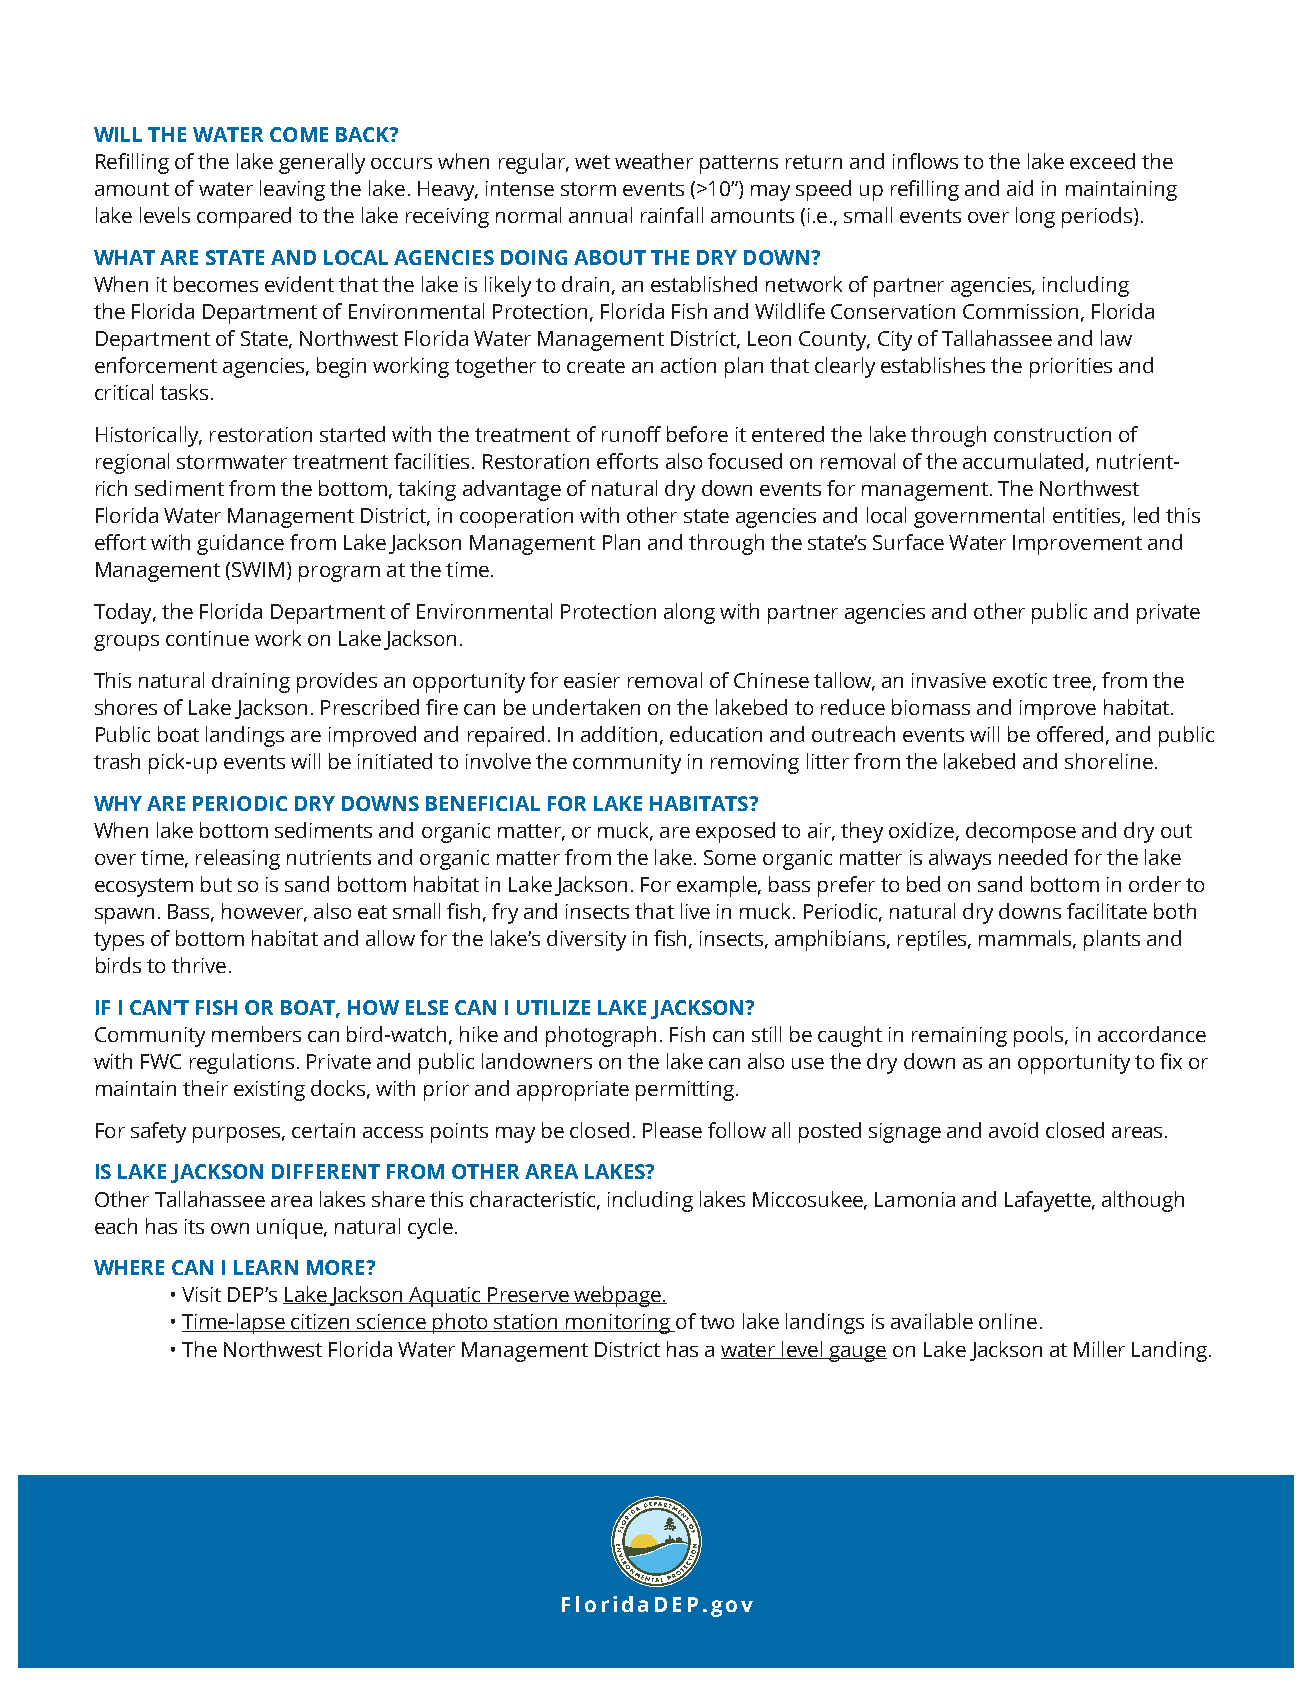
WILL THE WATER COME BACK?
 Refilling of the lake generally occurs when regular, wet weather patterns return and inflows to the lake exceed the
 amount of water leaving the lake. Heavy, intense storm events (>10”) may speed up refilling and aid in maintaining
 lake levels compared to the lake receiving normal annual rainfall amounts (i.e., small events over long periods).
 WHAT ARE STATE AND LOCAL AGENCIES DOING ABOUT THE DRY DOWN?
 When it becomes evident that the lake is likely to drain, an established network of partner agencies, including
 the Florida Department of Environmental Protection, Florida Fish and Wildlife Conservation Commission, Florida
 Department of State, Northwest Florida Water Management District, Leon County, City of Tallahassee and law
 enforcement agencies, begin working together to create an action plan that clearly establishes the priorities and
 critical tasks.
 Historically, restoration started with the treatment of runoff before it entered the lake through construction of
 regional stormwater treatment facilities. Restoration efforts also focused on removal of the accumulated, nutrient-
 rich sediment from the bottom, taking advantage of natural dry down events for management. The Northwest
 Florida Water Management District, in cooperation with other state agencies and local governmental entities, led this
 effort with guidance from Lake Jackson Management Plan and through the state’s Surface Water Improvement and
 Management (SWIM) program at the time.
 Today, the Florida Department of Environmental Protection along with partner agencies and other public and private
 groups continue work on Lake Jackson.
 This natural draining provides an opportunity for easier removal of Chinese tallow, an invasive exotic tree, from the
 shores of Lake Jackson. Prescribed fire can be undertaken on the lakebed to reduce biomass and improve habitat.
 Public boat landings are improved and repaired. In addition, education and outreach events will be offered, and public
 trash pick-up events will be initiated to involve the community in removing litter from the lakebed and shoreline.
 WHY ARE PERIODIC DRY DOWNS BENEFICIAL FOR LAKE HABITATS?
 When lake bottom sediments and organic matter, or muck, are exposed to air, they oxidize, decompose and dry out
 over time, releasing nutrients and organic matter from the lake. Some organic matter is always needed for the lake
 ecosystem but so is sand bottom habitat in Lake Jackson. For example, bass prefer to bed on sand bottom in order to
 spawn. Bass, however, also eat small fish, fry and insects that live in muck. Periodic, natural dry downs facilitate both
 types of bottom habitat and allow for the lake’s diversity in fish, insects, amphibians, reptiles, mammals, plants and
 birds to thrive.
 IF I CAN’T FISH OR BOAT, HOW ELSE CAN I UTILIZE LAKE JACKSON?
 Community members can bird-watch, hike and photograph. Fish can still be caught in remaining pools, in accordance
 with FWC regulations. Private and public landowners on the lake can also use the dry down as an opportunity to fix or
 maintain their existing docks, with prior and appropriate permitting.
 For safety purposes, certain access points may be closed. Please follow all posted signage and avoid closed areas.
 IS LAKE JACKSON DIFFERENT FROM OTHER AREA LAKES?
 Other Tallahassee area lakes share this characteristic, including lakes Miccosukee, Lamonia and Lafayette, although
 each has its own unique, natural cycle.
 WHERE CAN I LEARN MORE?
 • Visit DEP’s Lake Jackson Aquatic Preserve webpage.
 • Time-lapse citizen science photo station monitoring of two lake landings is available online.
 • The Northwest Florida Water Management District has a water level gauge on Lake Jackson at Miller Landing.
 FloridaDEP.gov